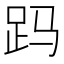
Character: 𲃖